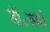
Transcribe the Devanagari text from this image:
डॉ॰वर्मा